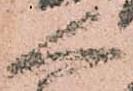
人